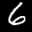
Label: 6